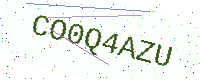
Text: CO0Q4AZU